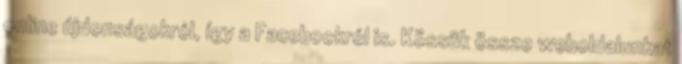
online újdonságokról, így a Facebookról is. Kössük össze weboldalunkat